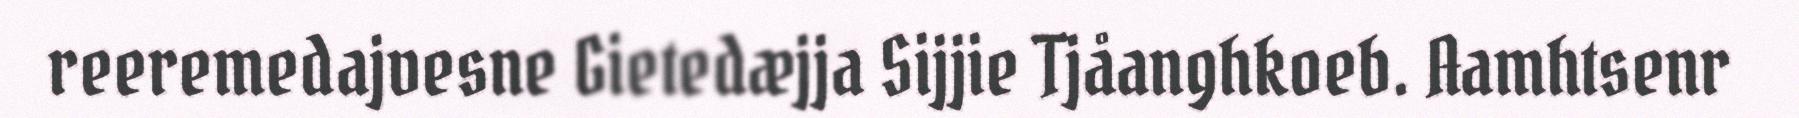
reeremedajvesne Gietedæjja Sijjie Tjåanghkoeb. Aamhtsenr